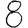
Digit: 8